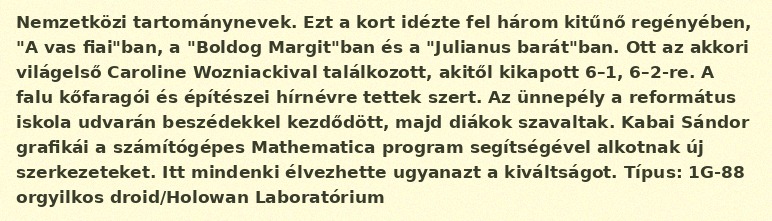
Nemzetközi tartománynevek. Ezt a kort idézte fel három kitűnő regényében, "A vas fiai"ban, a "Boldog Margit"ban és a "Julianus barát"ban. Ott az akkori világelső Caroline Wozniackival találkozott, akitől kikapott 6–1, 6–2-re. A falu kőfaragói és építészei hírnévre tettek szert. Az ünnepély a református iskola udvarán beszédekkel kezdődött, majd diákok szavaltak. Kabai Sándor grafikái a számítógépes Mathematica program segítségével alkotnak új szerkezeteket. Itt mindenki élvezhette ugyanazt a kiváltságot. Típus: 1G-88 orgyilkos droid/Holowan Laboratórium